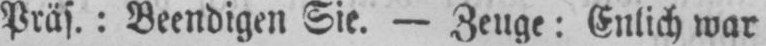
Präs.: Beendigen Sie. - Zeuge: Enlich war